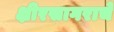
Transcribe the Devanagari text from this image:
क्षीरसागराचे